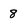
Character: 8